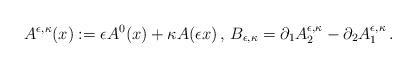
LaTeX: \begin{align*}A^{\epsilon,\kappa}(x):=\epsilon A^0(x)+\kappa A(\epsilon x)\,, \, B_{\epsilon,\kappa}=\partial_1A^{\epsilon,\kappa}_2-\partial_2A^{\epsilon,\kappa}_1\,.\end{align*}